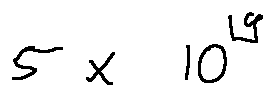
5 \times 1 0 ^ { 1 9 }